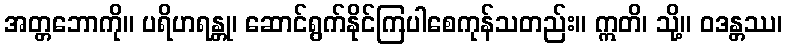
အတ္တဘောကို။ ပရိဟရန္တု၊ ဆောင်ရွက်နိုင်ကြပါစေကုန်သတည်း။ ဣတိ၊ သို့။ ဝဒန္တဿ၊